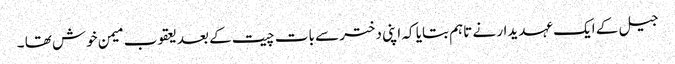
جیل کے ایک عہدیدار نے تاہم بتایا کہ اپنی دختر سے بات چیت کے بعد یعقوب میمن خوش تھا ۔